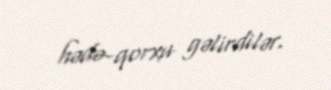
hədə-qorxu gəlirdilər.